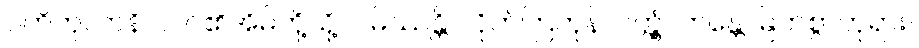
ပတိကုလာနိ၊ လင်၏အိမ်တို့သို့။ ဂမိဿန္တိ၊ လိုက်ကြကုန်လတ္တံ့။ ဘန္တေ၊ မြတ်စွာဘုရား။